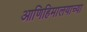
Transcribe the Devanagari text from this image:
आणिहिमालयाच्या